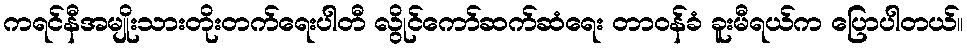
ကရင်နီအမျိုးသားတိုးတက်ရေးပါတီ လွိုင်ကော်ဆက်ဆံရေး တာဝန်ခံ ခူးမီရယ်က ပြောပါတယ်။